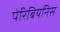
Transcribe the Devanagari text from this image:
पेरिबियनिस